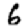
Digit: 6